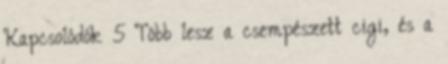
Kapcsolódók 5 Több lesz a csempészett cigi, és a